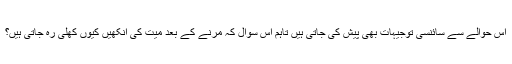
اس حوالے سے سائنسی توجیہات بھی پیش کی جاتی ہیں تاہم اس سوال کہ مرنے کے بعد میت کی آنکھیں کیوں کھلی رہ جاتی ہیں؟